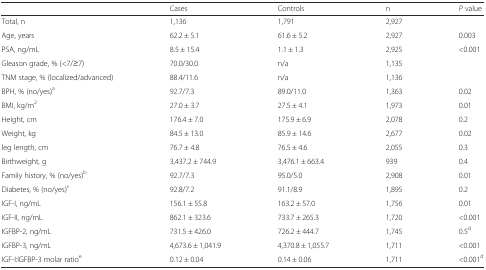
|  | Cases | Controls | n | P value |
 | --- | --- | --- | --- | --- |
 | Total, n | 1,136 | 1,791 | 2,927 |  |
 | Age, years | 62.2 ± 5.1 | 61.6 ± 5.2 | 2,927 | 0.003 |
 | PSA, ng/mL | 8.5 ± 15.4 | 1.1 ± 1.3 | 2,925 | <0.001 |
 | Gleason grade, % (<7/≥7) | 70.0/30.0 | n/a | 1,135 |  |
 | TNM stage, % (localized/advanced) | 88.4/11.6 | n/a | 1,136 |  |
 | BPH, % (no/yes)a | 92.7/7.3 | 89.0/11.0 | 1,363 | 0.02 |
 | BMI, kg/m2 | 27.0 ± 3.7 | 27.5 ± 4.1 | 1,973 | 0.01 |
 | Height, cm | 176.4 ± 7.0 | 175.9 ± 6.9 | 2,078 | 0.2 |
 | Weight, kg | 84.5 ± 13.0 | 85.9 ± 14.6 | 2,677 | 0.02 |
 | leg length, cm | 76.7 ± 4.8 | 76.5 ± 4.6 | 2,055 | 0.3 |
 | Birthweight, g | 3,437.2 ± 744.9 | 3,476.1 ± 663.4 | 939 | 0.4 |
 | Family history, % (no/yes)b | 92.7/7.3 | 95.0/5.0 | 2,908 | 0.01 |
 | Diabetes, % (no/yes)c | 92.8/7.2 | 91.1/8.9 | 1,895 | 0.2 |
 | IGF-I, ng/mL | 156.1 ± 55.8 | 163.2 ± 57.0 | 1,756 | 0.01 |
 | IGF-II, ng/mL | 862.1 ± 323.6 | 733.7 ± 265.3 | 1,720 | <0.001 |
 | IGFBP-2, ng/mL | 731.5 ± 426.0 | 726.2 ± 444.7 | 1,745 | 0.5d |
 | IGFBP-3, ng/mL | 4,673.6 ± 1,041.9 | 4,370.8 ± 1,055.7 | 1,711 | <0.001 |
 | IGF-I:IGFBP-3 molar ratioe | 0.12 ± 0.04 | 0.14 ± 0.06 | 1,711 | <0.001d |